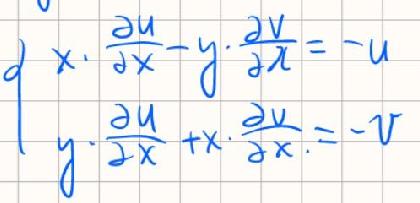
\[
\begin{cases}
x\cdot\frac{\partial u}{\partial x}-y\cdot\frac{\partial v}{\partial x}=-u\\
y\cdot\frac{\partial u}{\partial x}+x\cdot\frac{\partial v}{\partial x}=-v
\end{cases}
\]